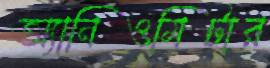
অ্যানিওমিটার